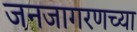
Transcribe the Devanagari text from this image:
जनजागरणच्या